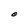
Character: O